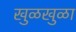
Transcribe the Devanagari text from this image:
खुळखुळा